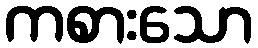
ကစားသော